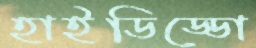
হাইডিড্ডো